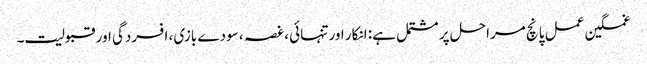
غمگین عمل پانچ مراحل پر مشتمل ہے: انکار اور تنہائی ، غصہ ، سودے بازی ، افسردگی اور قبولیت۔